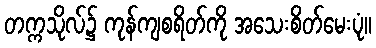
တက္ကသိုလ်၌ ကုန်ကျစရိတ်ကို အသေးစိတ်မေးပုံ။